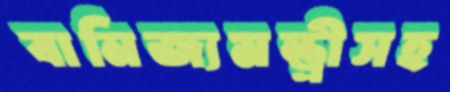
বানিজ্যমন্ত্রীসহ